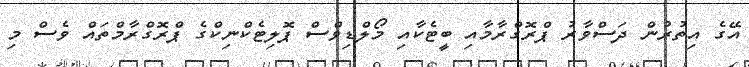
އޭގެ އިތުރުން ދަސްވާރު ޕްރޮގްރާމާއި ބީޓެކާއި މޯލްޑިވްސް ޕޮލިޓެކްނިކްގެ ޕްރޮގްރާމްތައް ވެސް މި